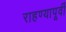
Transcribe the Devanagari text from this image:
राहण्यापूर्वी